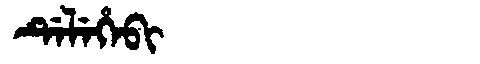
Manchu: ᡩᡝᠯᡝᡥᡝᠪᡳ
Romanization: DELEHEBI